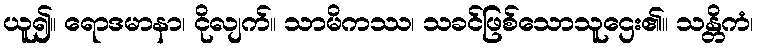
ယူ၍။ ရောဒမာနာ၊ ငိုလျက်။ သာမိကဿ၊ သခင်ဖြစ်သောသူဌေး၏။ သန္တိကံ၊